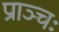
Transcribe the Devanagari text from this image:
प्राञ्चः